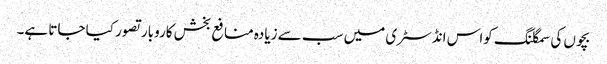
بچوں کی سمگلنگ کواس انڈسٹری میں سب سے زیادہ منافع بخش کاروبار تصور کیا جاتا ہے۔